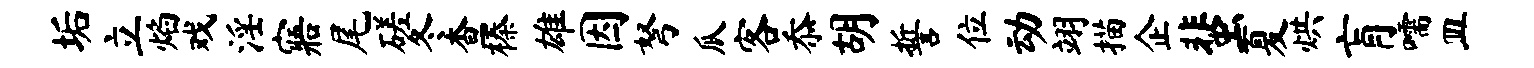
垢立焰戏淫寤尾磋冬查榛雄因弩瓜客忝胡誓位动翊描企蜚夏烘肓嚅皿